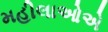
મહીલાઓએ